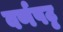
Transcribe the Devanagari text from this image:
वर्णपट्ट